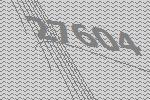
27604